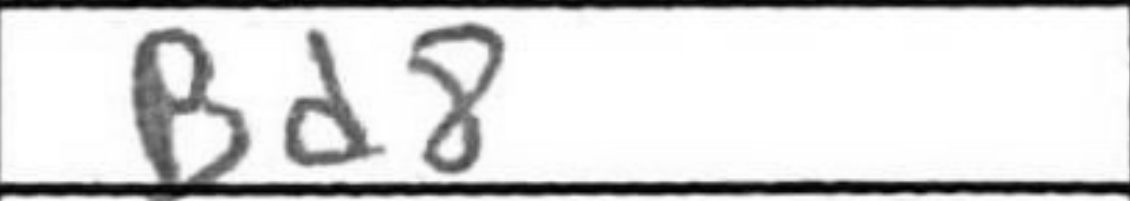
Transcription: Bd8